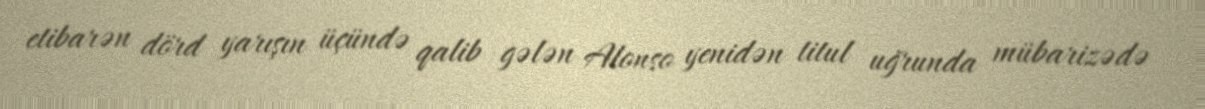
etibarən dörd yarışın üçündə qalib gələn Alonso yenidən titul uğrunda mübarizədə